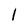
Character: 1